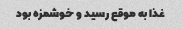
غذا به موقع رسید و خوشمزه بود